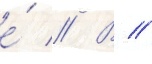
е́ // В //